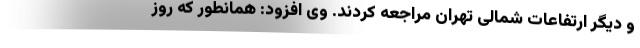
و دیگر ارتفاعات شمالی تهران مراجعه کردند. وی افزود: همانطور که روز